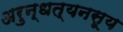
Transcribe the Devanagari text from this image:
अरुन्धत्यनसूय